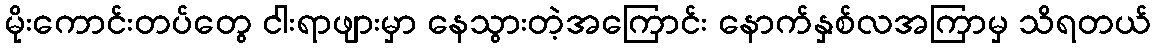
မိုးကောင်းတပ်တွေ ငါးရာဖျားမှာ နေသွားတဲ့အကြောင်း နောက်နှစ်လအကြာမှ သိရတယ်